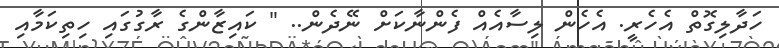
ހަދާލިގޮތް އެހެރީ. އެހެން ލިސާއެއް ފެންނާކަށް ނޭދެން.. " ކައިޒާންގެ ރާގުގައި ހިތިކަމާއި